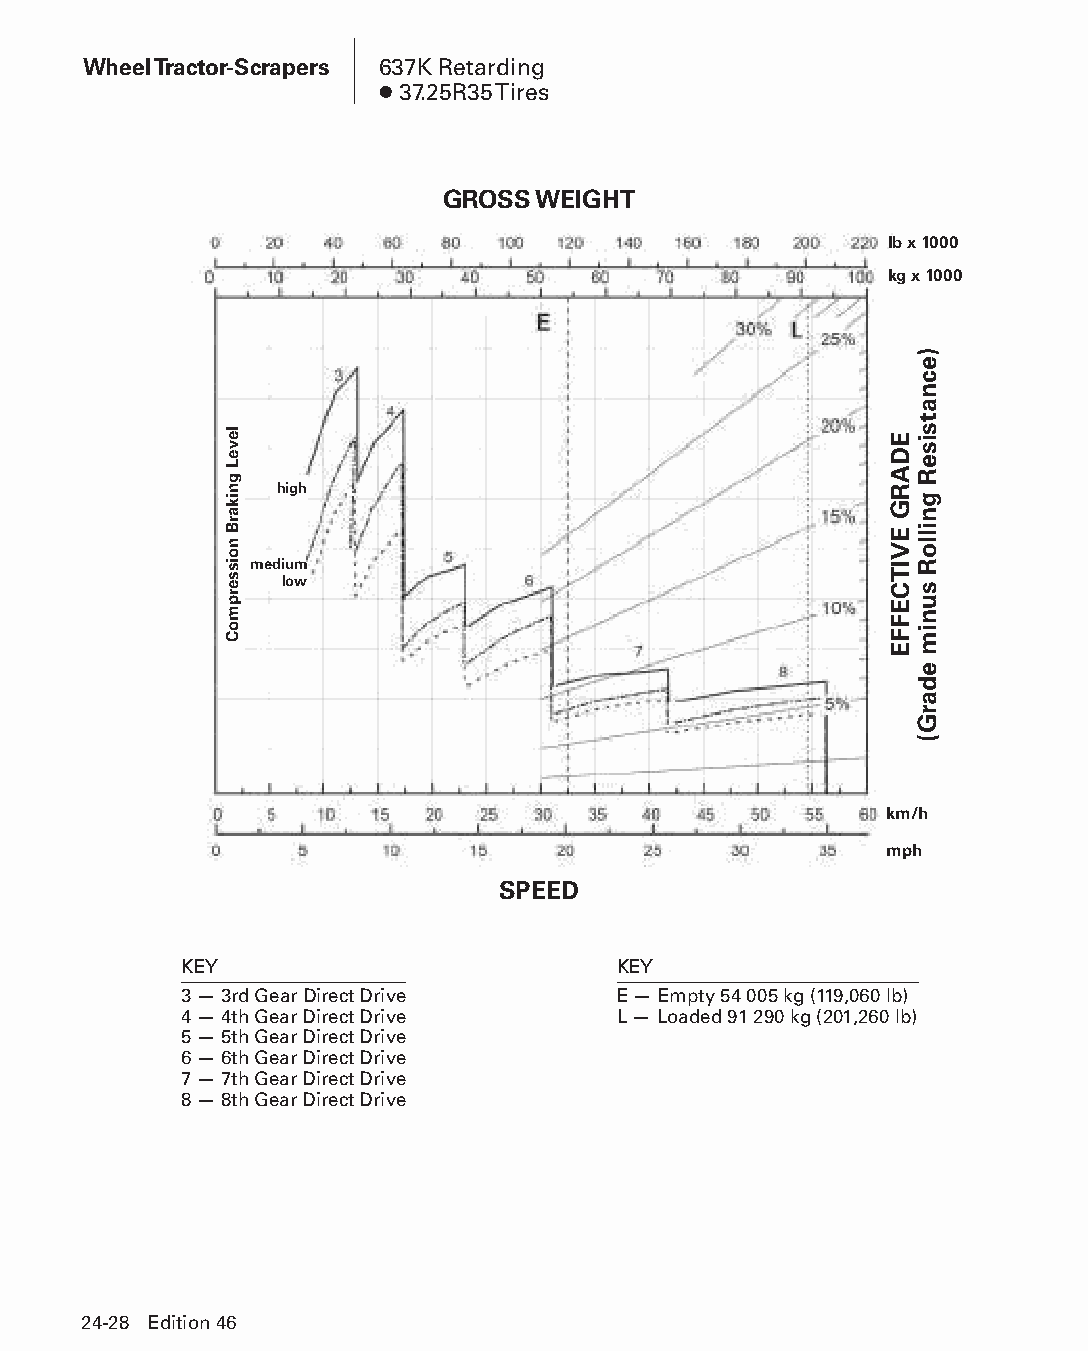
Wheel Tractor-Scrapers 637K Retarding
 ● 37.25R35 Tires
 GROSS WEIGHT
 lb x 1000
 kg x 1000
 high
 medium
 low
 km/h
 mph
 SPEED
 KEY                          KEY
 3 — 3rd Gear Direct Drive    E — Empty 54 005 kg (119,060 lb)
 4 — 4th Gear Direct Drive    L — Loaded 91 290 kg (201,260 lb)
 5 — 5th Gear Direct Drive
 6 — 6th Gear Direct Drive
 7 — 7th Gear Direct Drive
 8 — 8th Gear Direct Drive
 2244--2288 EEddiittiioonn 4466
 PPHHBB--SSeecc2244--1166..iinndddd 2288                        1122//44//1155 1111::1155 AAMM
 leveL
 gnikarB
 noisserpmoC
 EDARG
 EVITCEFFE
 )ecnatsiseR
 gnilloR
 sunim
 edarG(